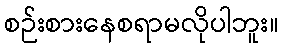
စဉ်းစားနေစရာမလိုပါဘူး။